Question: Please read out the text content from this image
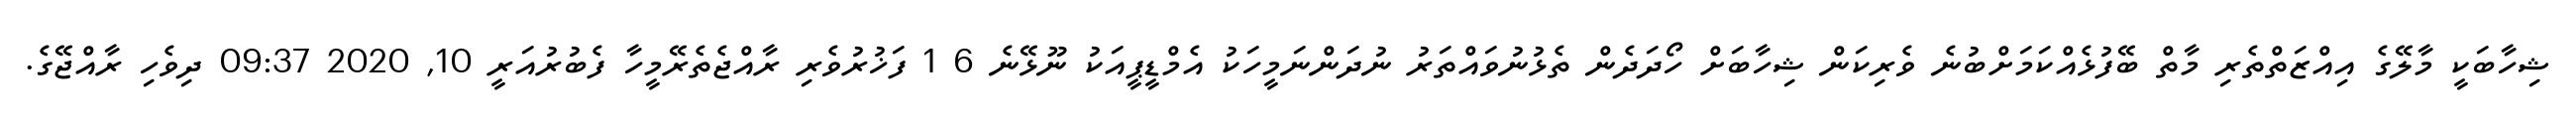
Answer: ޝިހާބަކީ މާލޭގެ އިއްޒަތްތެރި މާތް ބޭފުޅެއްކަމަށްބުނެ ވެރިކަން ޝިހާބަށް ހޯދަދެން ތެޅުނުވައްތަރު ނުދަންނަމީހަކު އެމްޑީޕީއަކު ނޫޅޭނެ 6 1 ފަޚުރުވެރި ރާއްޖެތެރޭމީހާ ފެބުރުއަރީ 10, 2020 09:37 ދިވެހި ރާއްޖޭގެ.